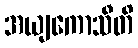
အယျကောသီတိ